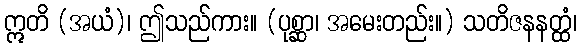
ဣတိ (အယံ)၊ ဤသည်ကား။ (ပုစ္ဆာ၊ အမေးတည်း။) သတိဇနနတ္ထံ၊